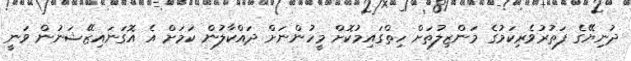
ދުނިޔޭގެ ފަތުރުވެރިކަމުގެ މަންޒިލުތަށް ހިތްގައިމުކޮށް މީހުންނަށް ދައްކާލުން ކަމަށް އެ އޮގަނައިޒޭޝަނުން ވަނީ